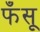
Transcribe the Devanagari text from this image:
फँसू